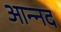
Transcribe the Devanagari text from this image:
आन्‍नद